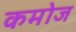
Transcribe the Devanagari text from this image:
कमोज